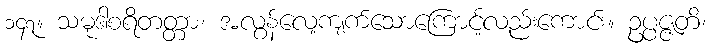
၁၄၇။ သမုဒါစရိတတ္တာ၊ အလွန်လေ့ကျက်သောကြောင့်လည်းကောင်း။ ဥပ္ပဇ္ဇတိ၊